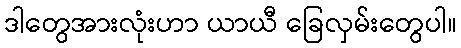
ဒါတွေအားလုံးဟာ ယာယီ ခြေလှမ်းတွေပါ။